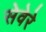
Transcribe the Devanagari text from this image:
सेवेरे